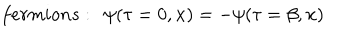
f e r m i o n s : \, \; \psi ( \tau = 0 , { \bf x } ) = - \psi ( \tau = \beta , { \bf x } )